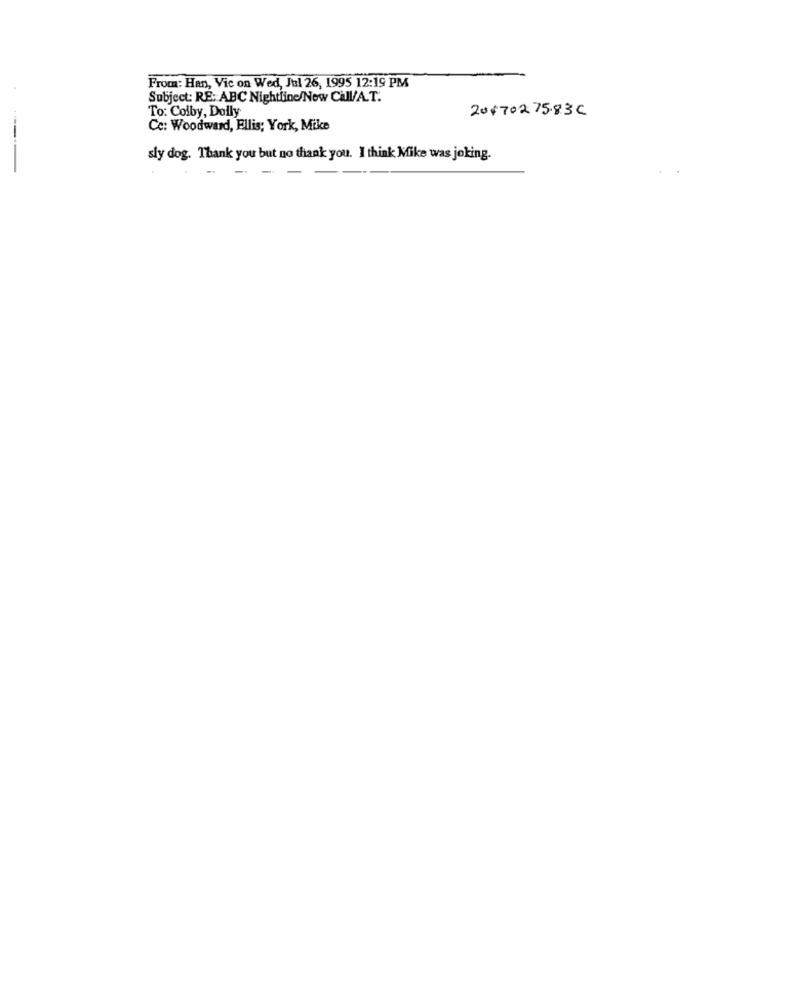
From: Han, Vic on Wed, Jal 26, 1995 12:19 PM
Subject: RE: ABC Nightline/Now CHI/A.T.
To: Colby, Dolly
20170275.83C
Cc: Woodward, Ellis; York, Mike
sly dog. Thank you but no thank you. I think Mike was joking.